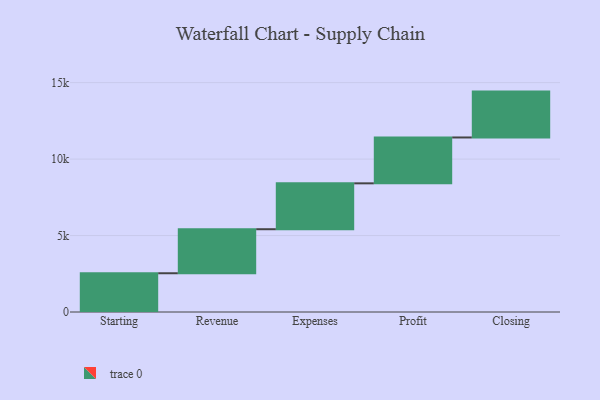
{"axis": {"x": "Step", "y": "Value"}, "legend": [""], "data": [{"x": "Starting", "y": 2534.0, "type": ""}, {"x": "Revenue", "y": 2880.0, "type": ""}, {"x": "Expenses", "y": 3000, "type": ""}, {"x": "Profit", "y": 3000, "type": ""}, {"x": "Closing", "y": 3000, "type": ""}]}